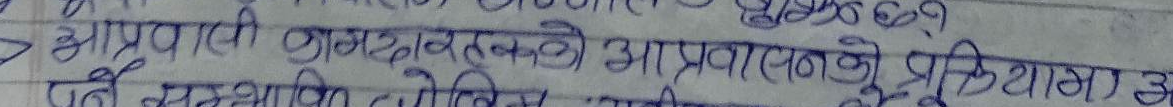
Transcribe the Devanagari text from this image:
आप्रवासी कामदारहरुको आप्रवासनको प्रक्रियामा
पर्ने संस्थागत, व्यक्तिगत, आगामी, केही